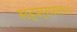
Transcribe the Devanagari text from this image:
सहस्रपात।।